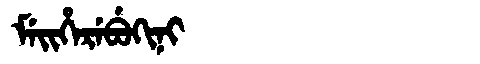
Manchu: ᠮᡝᡳᡥᡝᡵᡝᠪᡠᡴᡳᠨᡳ
Romanization: MEIHEREBUKINI